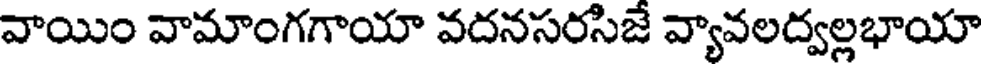
వాయిం వామాంగగాయా వదనసరసిజే వ్యావలద్వల్లభాయా